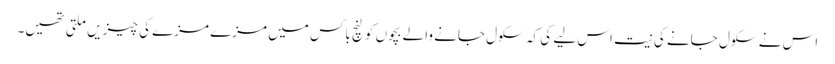
اس نے سکول جانے کی نیت اس لیے کی کہ سکول جانے والے بچوں کو لنچ باکس میں مزے مزے کی چیزیں ملتی تھیں۔